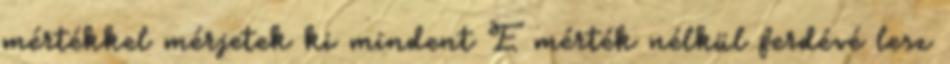
mértékkel mérjetek ki mindent E mérték nélkül ferdévé lesz